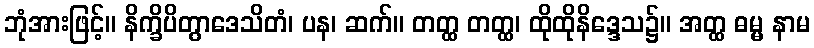
ဘုံအားဖြင့်။ နိက္ခိပိတွာဒေသိတံ၊ ပန၊ ဆက်။ တတ္ထ တတ္ထ၊ ထိုထိုနိဒ္ဒေသ၌။ အတ္ထ ဓမ္မ နာမ